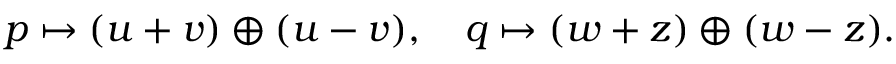
p \mapsto ( u + v ) \oplus ( u - v ) , \quad q \mapsto ( w + z ) \oplus ( w - z ) .